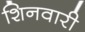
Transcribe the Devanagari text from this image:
शिनवारी